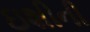
ઇશીની